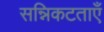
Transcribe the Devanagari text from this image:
सन्निकटताएँ